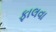
ફાલવા